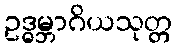
ဥဒ္ဓမ္ဘာဂိယသုတ္တ